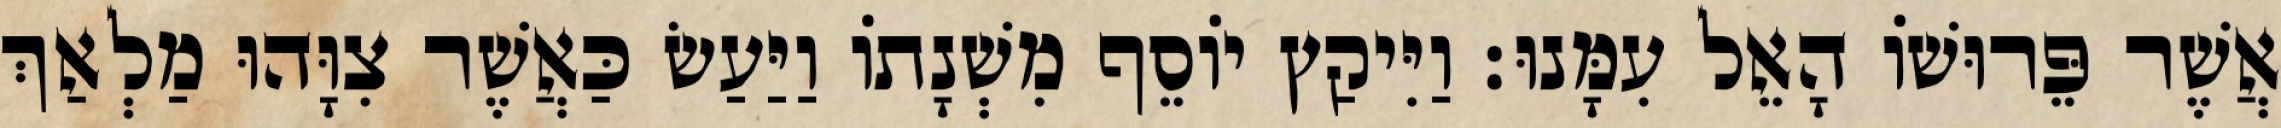
אֲשֶׁר פֵּרוּשׁוֹ הָאֵל עִמָּנוּ׃ וַיִּיקַץ יוֹסֵף מִשְׁנָתוֹ וַיַּעַשׂ כַּאֲשֶׁר צִוָּהוּ מַלְאַךְ